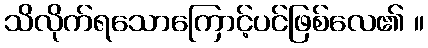
သိလိုက်ရသောကြောင့်ပင်ဖြစ်လေ၏ ။